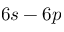
6 s - 6 p